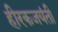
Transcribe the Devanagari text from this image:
हीरकजयंती